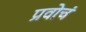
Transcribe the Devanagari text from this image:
प्रवोचं